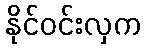
နိုင်ဝင်းလှက